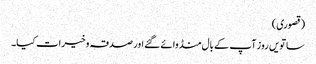
(قصوری)
ساتویں روز آپ کے بال منڈوائے گئے اور صدقہ وخیرات کیا۔